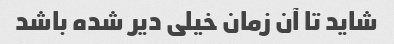
شاید تا آن زمان خیلی دیر شده باشد